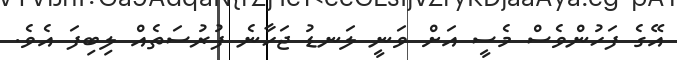
އޭގެ ފަހުންވެސް މެސީ އަށް ވަނީ ލަނޑު ޖަހާނެ ފުރުސަތެއް ލިބިފަ އެވެ.